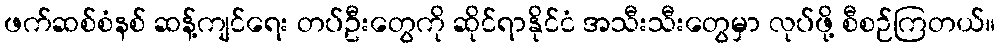
ဖက်ဆစ်စံနစ် ဆန့်ကျင်ရေး တပ်ဦးတွေကို ဆိုင်ရာနိုင်ငံ အသီးသီးတွေမှာ လုပ်ဖို့ စီစဉ်ကြတယ်။